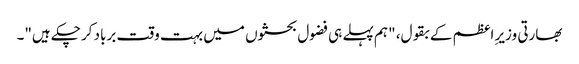
بھارتی وزیرِ اعظم کے بقول، "ہم پہلے ہی فضول بحثوں میں بہت وقت برباد کرچکے ہیں"۔